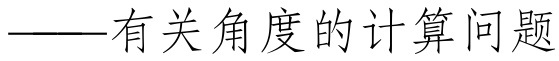
——有关角度的计算问题